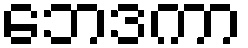
ဘေဒကာ